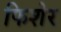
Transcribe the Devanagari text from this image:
फिशेर